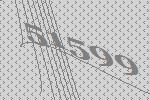
51599